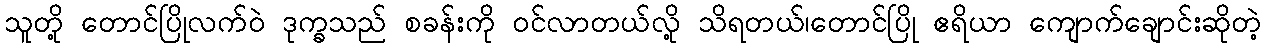
သူတို့ တောင်ပြိုလက်ဝဲ ဒုက္ခသည် စခန်းကို ဝင်လာတယ်လို့ သိရတယ်၊တောင်ပြို ဧရိယာ ကျောက်ချောင်းဆိုတဲ့